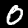
Label: 0